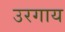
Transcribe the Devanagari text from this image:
उरगाय